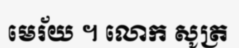
មេរ័យ ។ លោក សូត្រ